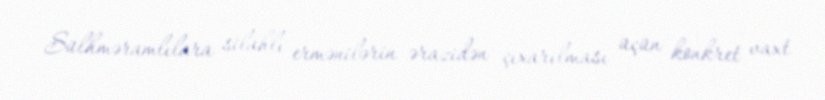
Sülhməramlılara silahlı ermənilərin ərazidən çıxarılması üçün konkret vaxt